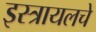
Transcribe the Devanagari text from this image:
इस्त्रायलचे